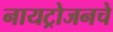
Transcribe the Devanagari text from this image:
नायट्रोजनचे